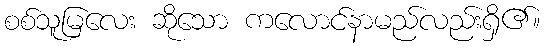
စစ်သူမြလေး ဆိုသော ကလောင်နာမည်လည်းရှိ၏။